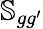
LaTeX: \mathbb{S}_{gg^{\prime}}